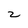
Character: z